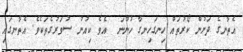
އެތާނގެ ދަށުން ކޯރުތައް ހިނގަހިނގާ ހުންނަ  އެވެ ކިއުނު ސުވަރުގެތަކެވެ. އެތާނގައި